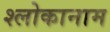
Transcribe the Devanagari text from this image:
श्लोकानाम